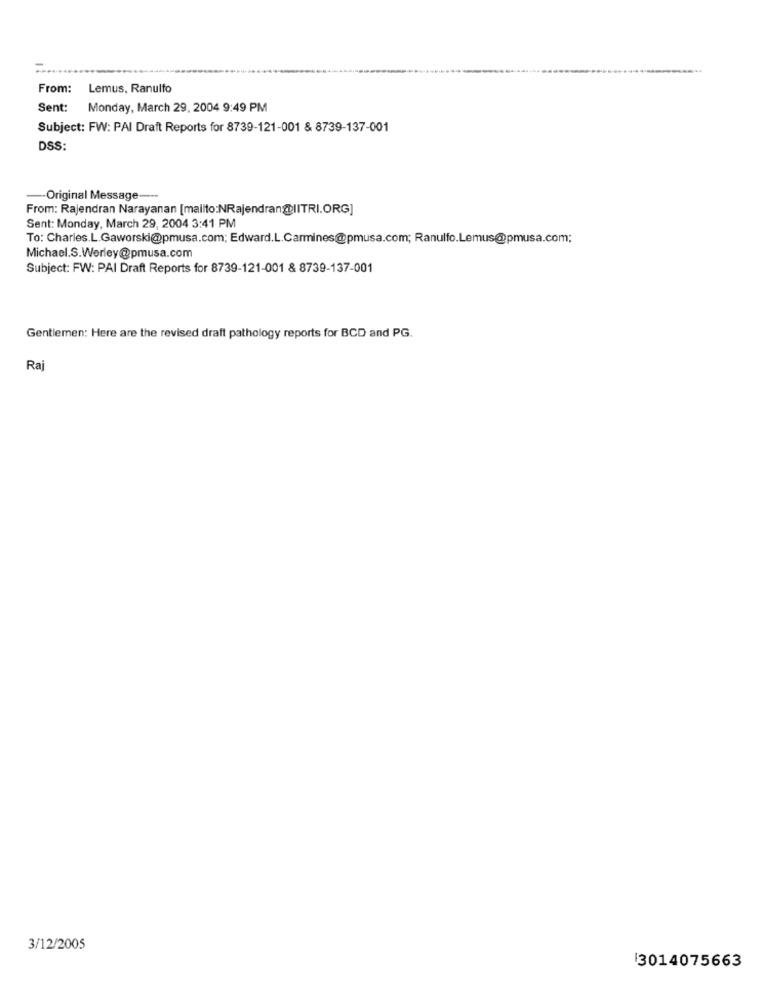
From:
Lemus, Ranulfo
Sent: Monday, March 29, 2004 9:49 PM
Subject: FW: PAI Draft Reports for 8739-121-001 & 8739-137-001
DSS:
-- Original Message ---
From: Rajendran Narayanan [mailto:NRajendran@IITRI.ORG]
Sent: Monday, March 29, 2004 3:41 PM
To: Charles.L.Gaworski@pmusa.com; Edward.L.Carmines@pmusa.com; Ranulfo.Lemus@pmusa.com;
Michael.S.Werley@pmusa.com
Subject: FW: PAI Draft Reports for 8739-121-001 & 8739-137-001
Gentlemen: Here are the revised draft pathology reports for BCD and PG.
Raj
3/12/2005
13014075663